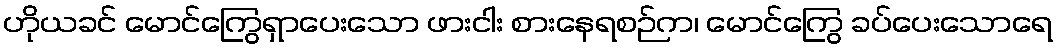
ဟိုယခင် မောင်ကြွေရှာပေးသော ဖားငါး စားနေရစဉ်က၊ မောင်ကြွေ ခပ်ပေးသောရေ